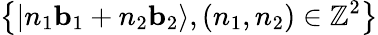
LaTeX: \left\{ \left|n_{1}\mathbf{b}_{1}+n_{2}\mathbf{b}_{2}\right\rangle,(n_{1},n_{2})\in\mathbb{Z}^{2}\right\}